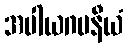
အပါယဂမနီယံ